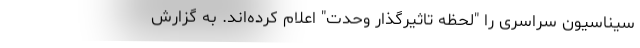
سیناسیون سراسری را "لحظه تاثیرگذار وحدت" اعلام کرده‌اند. به گزارش